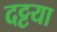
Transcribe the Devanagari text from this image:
दट्टया